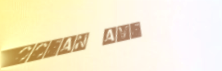
Ocean Ave